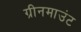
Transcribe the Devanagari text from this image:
ग्रीनमाउंट